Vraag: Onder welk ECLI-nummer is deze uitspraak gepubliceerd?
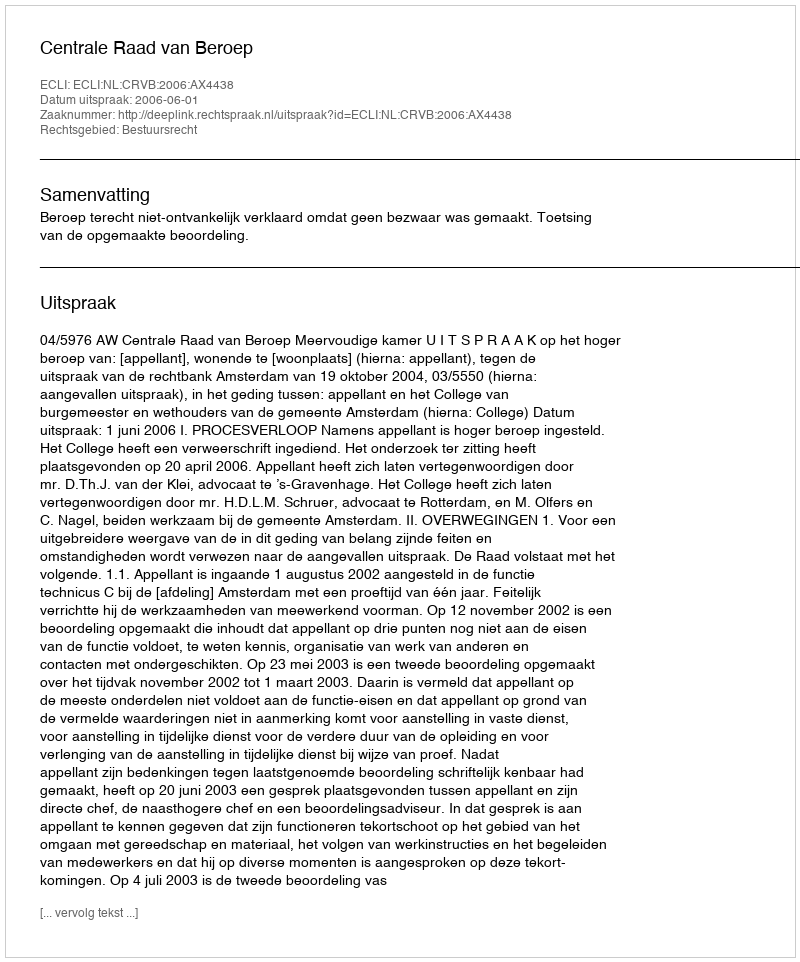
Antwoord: ECLI:NL:CRVB:2006:AX4438